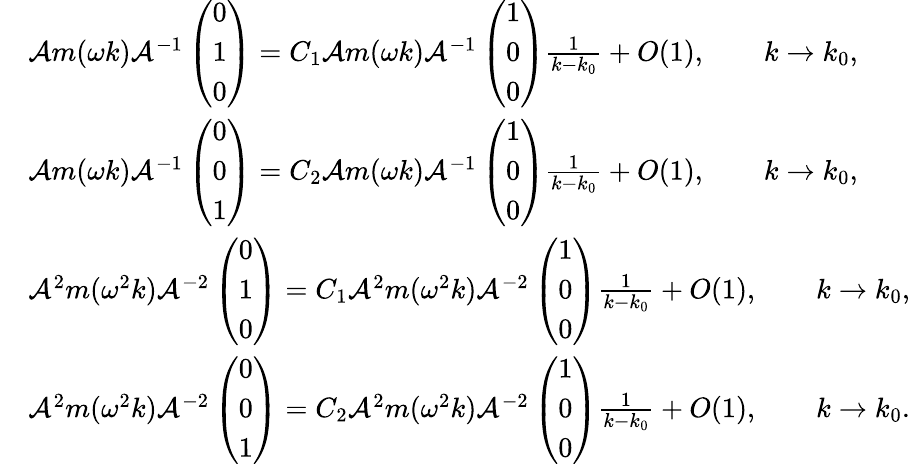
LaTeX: \begin{array}{rl}&{\mathcal{A}m(\omega k)\mathcal{A}^{-1}\left(\begin{array}{l}{0}\\ {1}\\ {0}\end{array}\right)=C_{1}\mathcal{A}m(\omega k)\mathcal{A}^{-1}\left(\begin{array}{l}{1}\\ {0}\\ {0}\end{array}\right)\frac{1}{k-k_{0}}+O(1),\qquad k\to k_{0},}\\ &{\mathcal{A}m(\omega k)\mathcal{A}^{-1}\left(\begin{array}{l}{0}\\ {0}\\ {1}\end{array}\right)=C_{2}\mathcal{A}m(\omega k)\mathcal{A}^{-1}\left(\begin{array}{l}{1}\\ {0}\\ {0}\end{array}\right)\frac{1}{k-k_{0}}+O(1),\qquad k\to k_{0},}\\ &{\mathcal{A}^{2}m(\omega^{2}k)\mathcal{A}^{-2}\left(\begin{array}{l}{0}\\ {1}\\ {0}\end{array}\right)=C_{1}\mathcal{A}^{2}m(\omega^{2}k)\mathcal{A}^{-2}\left(\begin{array}{l}{1}\\ {0}\\ {0}\end{array}\right)\frac{1}{k-k_{0}}+O(1),\qquad k\to k_{0},}\\ &{\mathcal{A}^{2}m(\omega^{2}k)\mathcal{A}^{-2}\left(\begin{array}{l}{0}\\ {0}\\ {1}\end{array}\right)=C_{2}\mathcal{A}^{2}m(\omega^{2}k)\mathcal{A}^{-2}\left(\begin{array}{l}{1}\\ {0}\\ {0}\end{array}\right)\frac{1}{k-k_{0}}+O(1),\qquad k\to k_{0}.}\end{array}